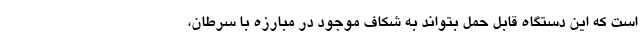
است که این دستگاه قابل حمل بتواند به شکاف موجود در مبارزه با سرطان،